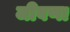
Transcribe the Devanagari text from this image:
जीवणा